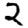
Digit: 2